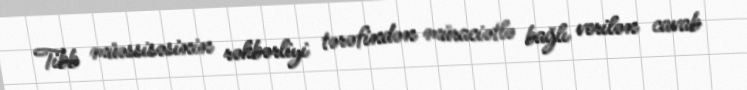
Tibb müəssisəsinin rəhbərliyi tərəfindən müraciətlə bağlı verilən cavab